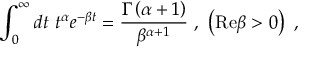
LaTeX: \int _ { 0 } ^ { \infty } d t \ t ^ { \alpha } e ^ { - \beta t } = { \frac { \Gamma \left( \alpha + 1 \right) } { \beta ^ { \alpha + 1 } } } \ , \ \left( \mathrm { R e } \beta > 0 \right) \ ,